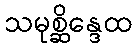
သမုစ္ဆိန္ဒေထ